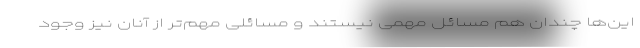
این‌ها چندان هم مسائل مهمی نیستند و مسائلی مهم‌تر از آنان نیز وجود